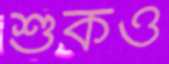
শুঁকও